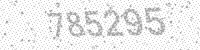
Solution: 785295